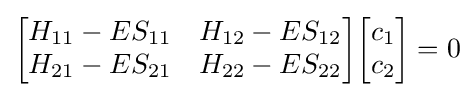
{\begin{bmatrix}H_{11}-ES_{11}&H_{12}-ES_{12}\\H_{21}-ES_{21}&H_{22}-ES_{22}\\\end{bmatrix}}{\begin{bmatrix}c_{1}\\c_{2}\\\end{bmatrix}}=0